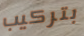
بتركيب